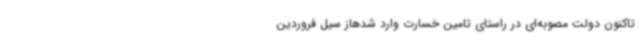
تاکنون دولت مصوبه‌ای در راستای تامین خسارت وارد شدهاز سیل فروردین